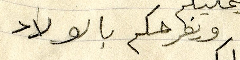
ويفرحكم بالولاد